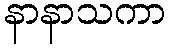
နာနာသကာ